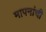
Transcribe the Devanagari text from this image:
मापनांची